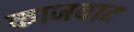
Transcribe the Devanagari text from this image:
काजवाट